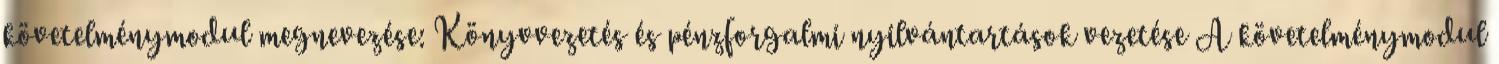
követelménymodul megnevezése: Könyvvezetés és pénzforgalmi nyilvántartások vezetése A követelménymodul